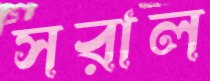
সরাল